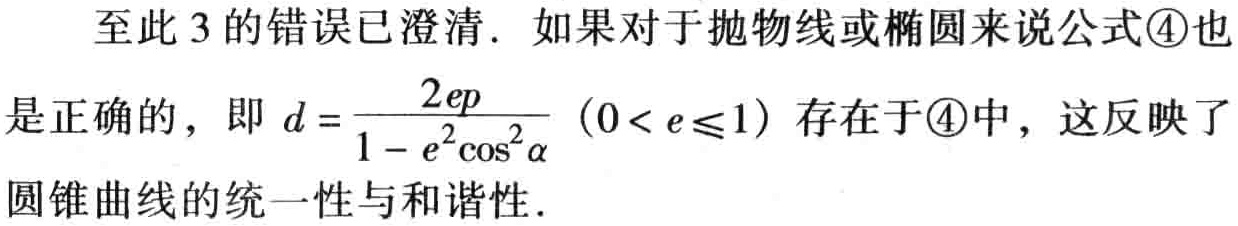
至此 3 的错误已澄清. 如果对于抛物线或椭圆来说公式\textcircled{4}也是正确的，即 \(d = \frac{2ep}{1 - e^{2}\cos^{2}\alpha}\ (0 < e\leqslant1)\) 存在于\textcircled{4}中，这反映了圆锥曲线的统一性与和谐性.